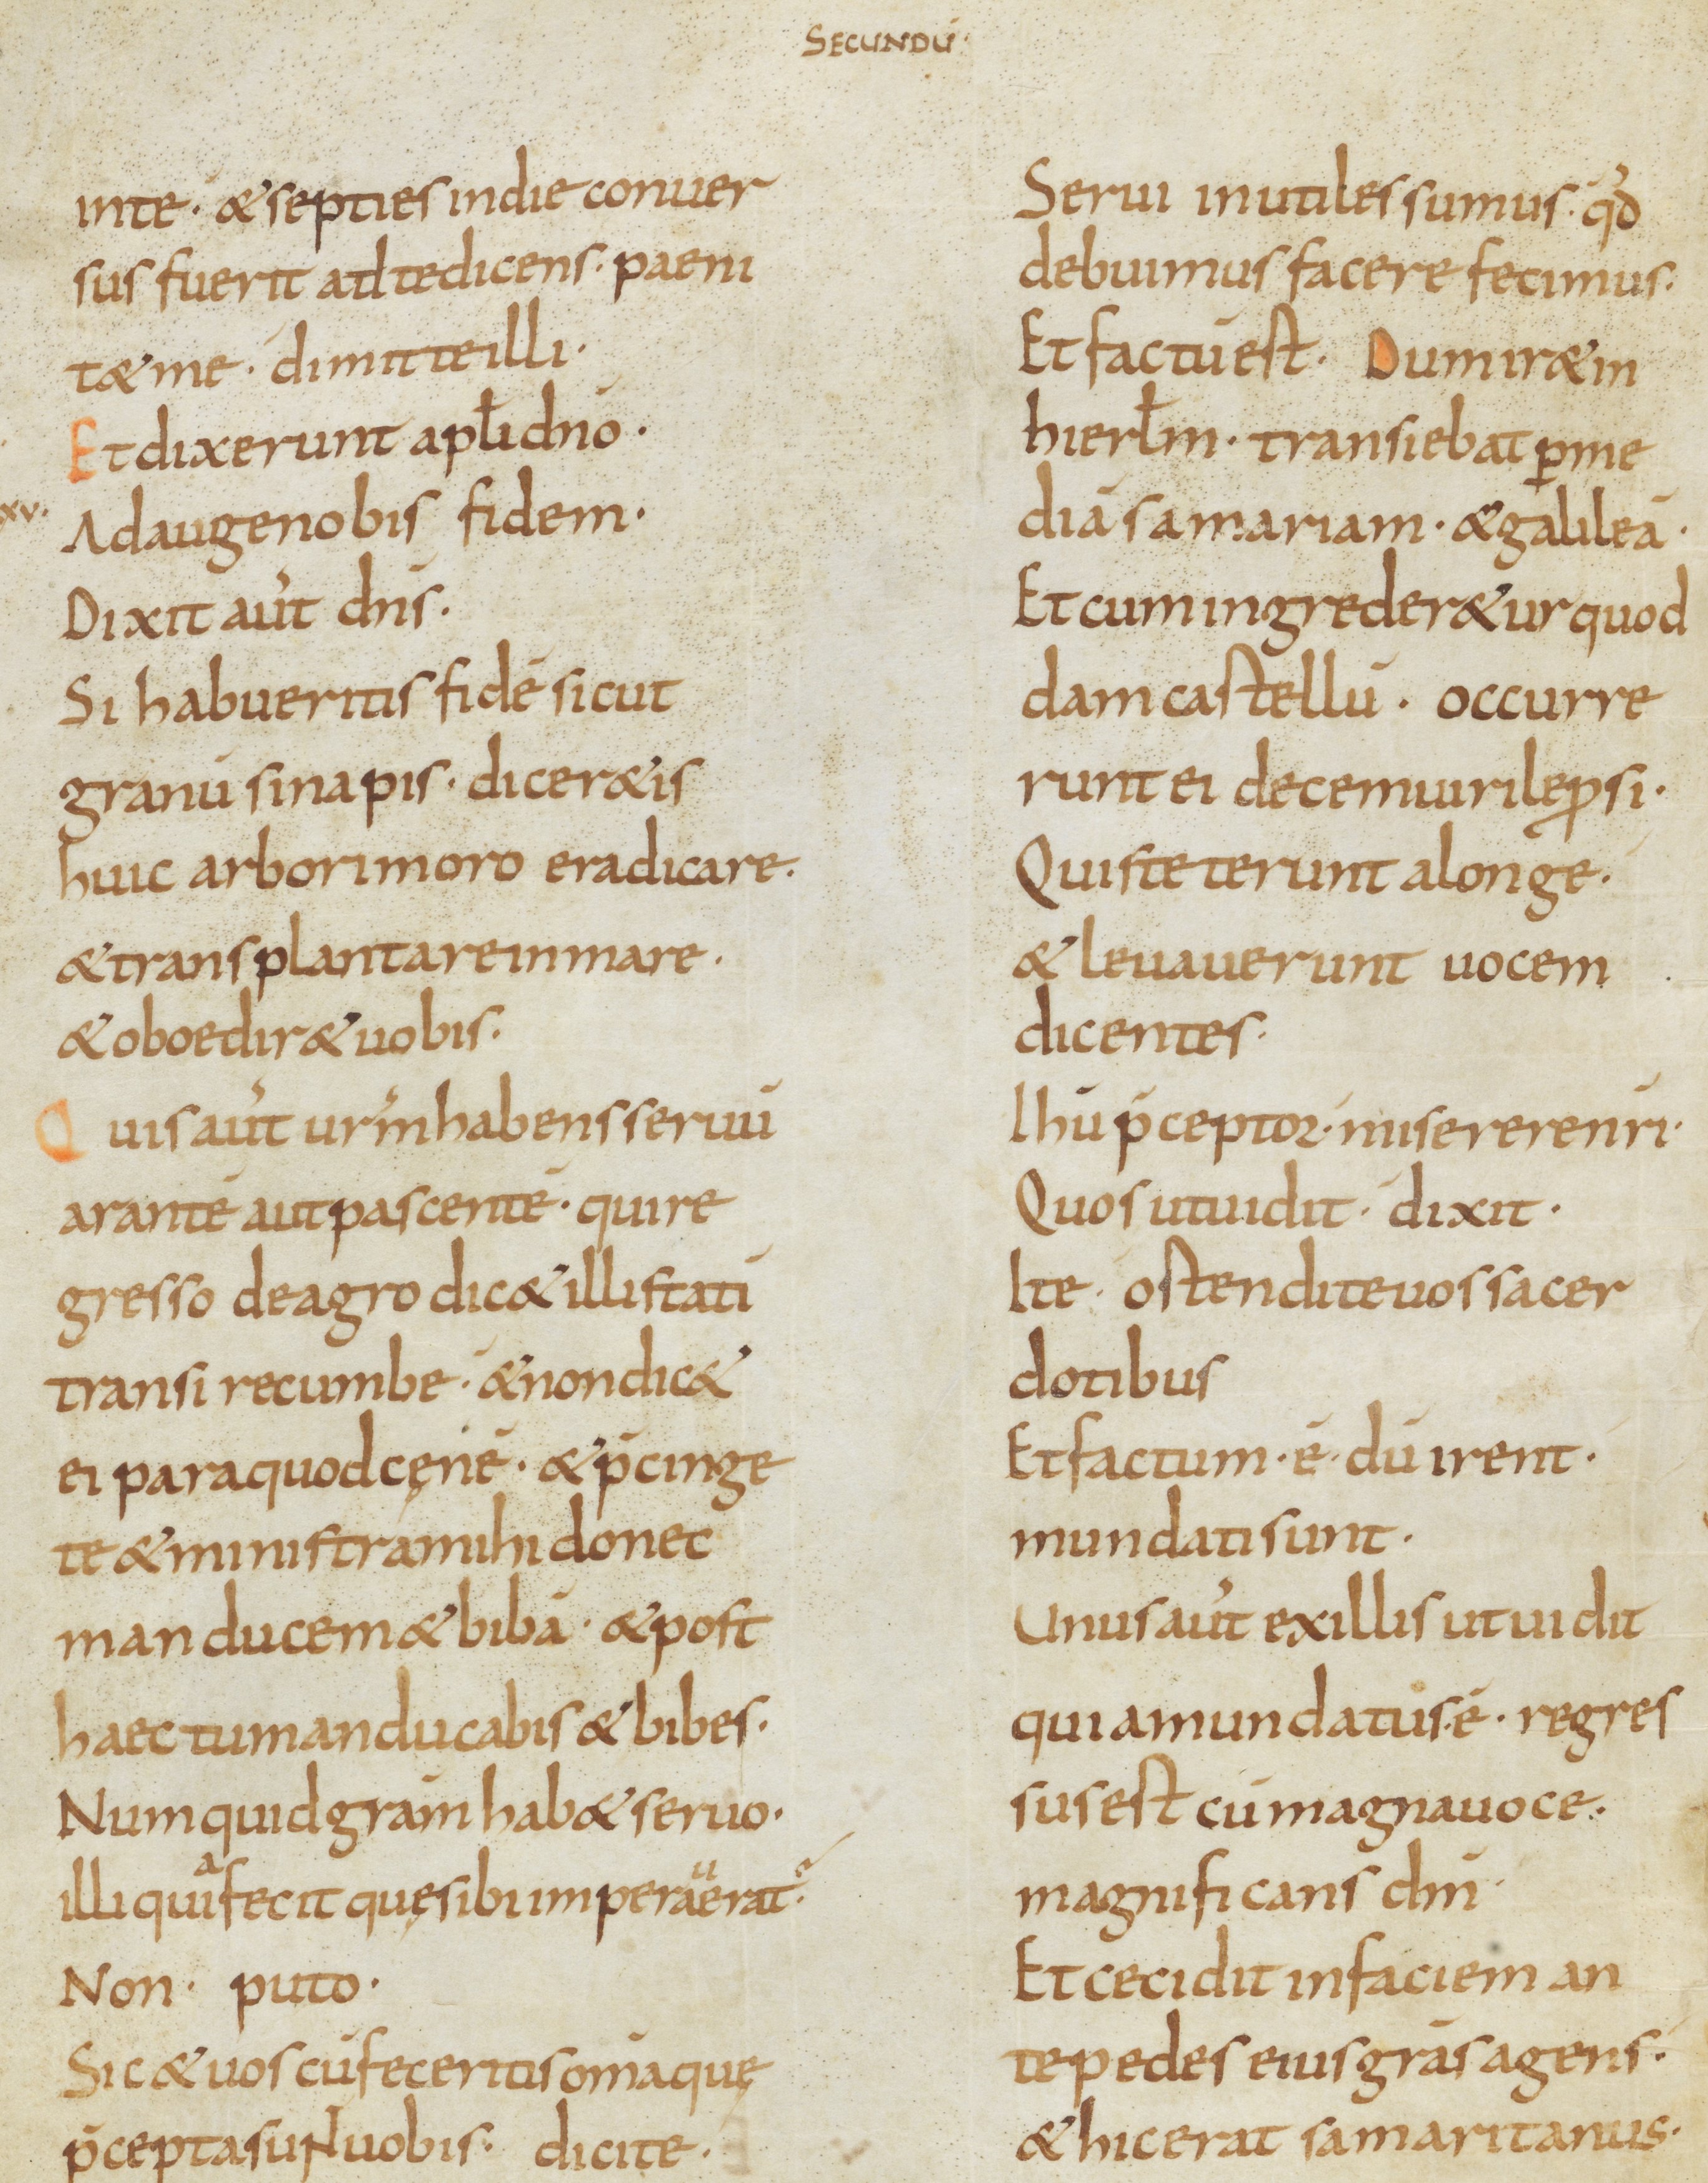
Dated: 800–899